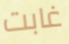
غابت